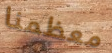
معظمنا